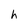
Character: h